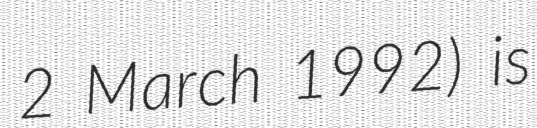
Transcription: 2 March 1992) is